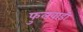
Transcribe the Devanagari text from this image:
फुलवाडी